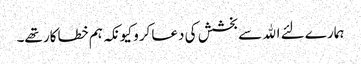
ہمارے لئے الله سے بخشش کی دعا کرو کیونکہ ہم خطاکار تھے۔